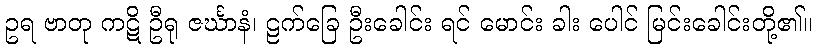
ဥရ ဗာတု ကဋိ ဦရု ဇင်္ဃာနံ၊ ဠက်ခြေ ဦးခေါင်း ရင် မောင်း ခါး ပေါင် မြင်းခေါင်းတို့၏။